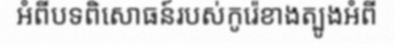
អំពីបទពិសោធន៍របស់កូរ៉េខាងត្បូងអំពី